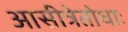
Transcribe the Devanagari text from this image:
आसीत्रेतोधाः